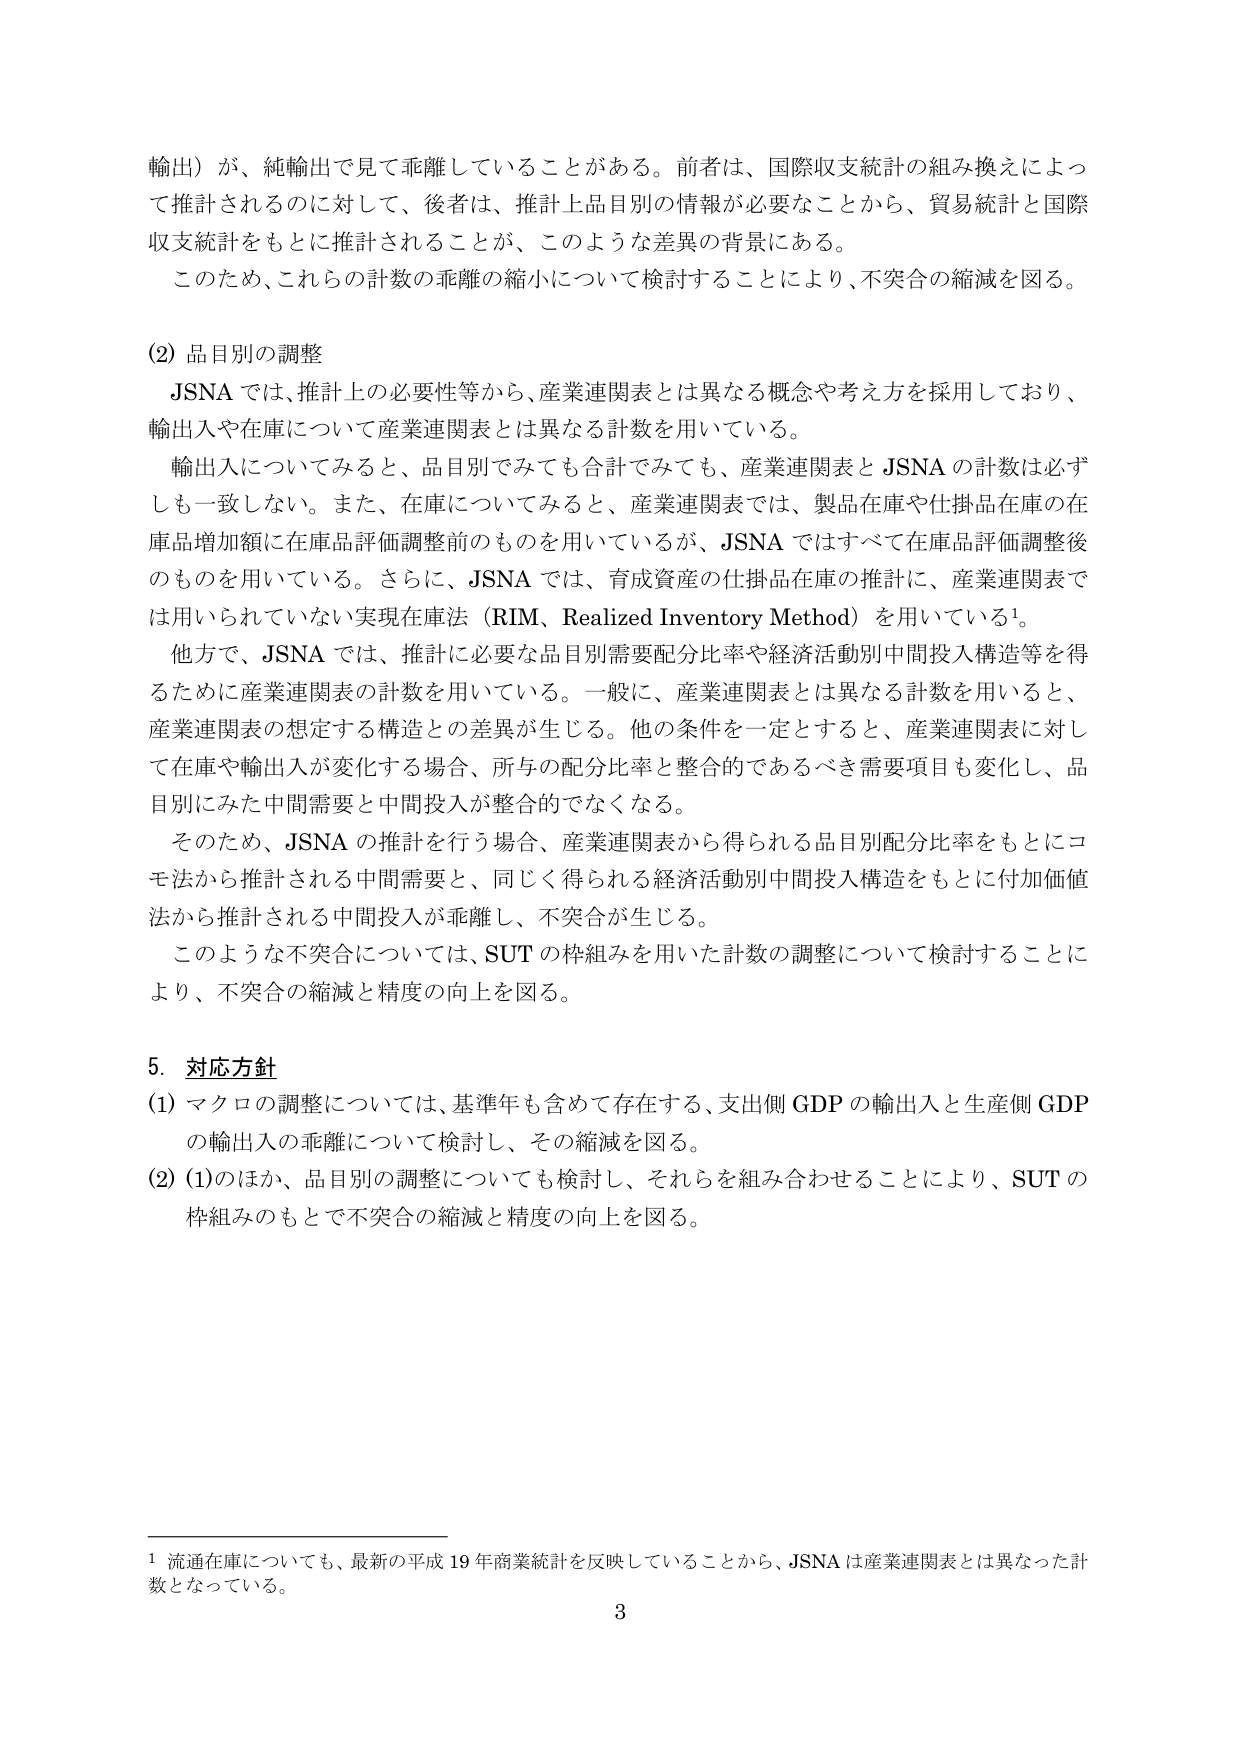
輸出）が、純輸出で見て乖離していることがある。前者は、国際収支統計の組み換えによって推計されるのに対して、後者は、推計上品目別の情報が必要なことから、貿易統計と国際収支統計をもとに推計されることが、このような差異の背景にある。

このため、これらの計数の乖離の縮小について検討することにより、不突合の縮減を図る。

(2) 品目別の調整

JSNA では、推計上の必要性等から、産業連関表とは異なる概念や考え方を採用しており、輸出入や在庫について産業連関表とは異なる計数を用いている。

輸出入についてみると、品目別でみても合計でみても、産業連関表と JSNA の計数は必ずしも一致しない。また、在庫についてみると、産業連関表では、製品在庫や仕掛品在庫の在庫品増加額に在庫品評価調整前のものを用いているが、JSNA ではすべて在庫品評価調整後のものを用いている。さらに、JSNA では、育成資産の仕掛品在庫の推計に、産業連関表では用いられていない実現在庫法（RIM、Realized Inventory Method）を用いている¹。

他方で、JSNA では、推計に必要な品目別需要配分比率や経済活動別中間投入構造等を得るために産業連関表の計数を用いている。一般に、産業連関表とは異なる計数を用いると、産業連関表の想定する構造との差異が生じる。他の条件を一定とすると、産業連関表に対して在庫や輸出入が変化する場合、所与の配分比率と整合的であるべき需要項目も変化し、品目別にみた中間需要と中間投入が整合的でなくなる。

そのため、JSNA の推計を行う場合、産業連関表から得られる品目別配分比率をもとにコモ法から推計される中間需要と、同じく得られる経済活動別中間投入構造をもとに付加価値法から推計される中間投入が乖離し、不突合が生じる。

このような不突合については、SUT の枠組みを用いた計数の調整について検討することにより、不突合の縮減と精度の向上を図る。

5. 対応方針

(1) マクロの調整については、基準年も含めて存在する、支出側 GDP の輸出入と生産側 GDP の輸出入の乖離について検討し、その縮減を図る。

(2) (1)のほか、品目別の調整についても検討し、それらを組み合わせることにより、SUT の枠組みのもとで不突合の縮減と精度の向上を図る。

¹ 流通在庫についても、最新の平成 19 年商業統計を反映していることから、JSNA は産業連関表とは異なった計数となっている。

3